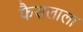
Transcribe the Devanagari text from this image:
फैसलाला